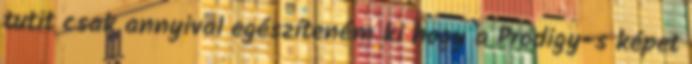
tutit csak annyival egészíteném ki hogy a Prodigy-s képet